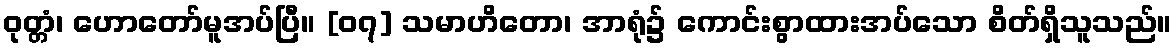
ဝုတ္တံ၊ ဟောတော်မူအပ်ပြီ။ [၀၇] သမာဟိတော၊ အာရုံ၌ ကောင်းစွာထားအပ်သော စိတ်ရှိသူသည်။